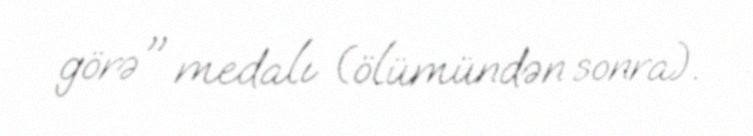
görə" medalı (ölümündən sonra).